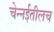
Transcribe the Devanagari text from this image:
चेन्नईतीलच